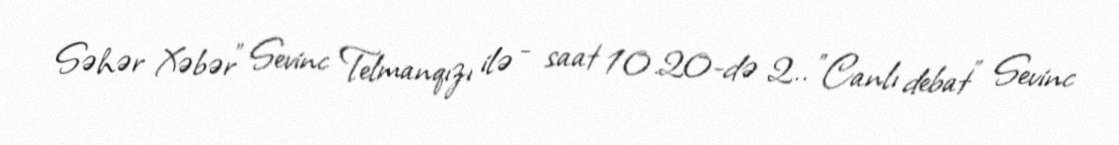
Səhər Xəbər" Sevinc Telmanqızı ilə - saat 10.20-də 2.. "Canlı debat" Sevinc